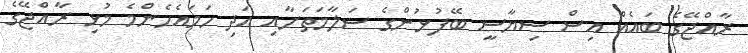
ރާއްޖޭގެ ބައެއް އިސް ސިޔާސީ ބޭފުޅުންގެ ސަލާމަތަށާއި އަދި ހަމައެހެންމެ މުޅި ރާއްޖޭގެ